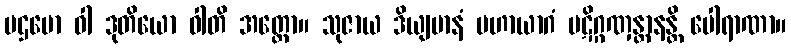
ပဌမော ဝါ ဒုတိယော ဝါတိ အတ္ထော။ သုဇာယ ဒိယျမာနံ မဟာယာဂံ ပဋိဂ္ဂဏှန္တာနန္တိ ပေါရာဏာ။